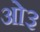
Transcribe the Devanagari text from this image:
ओ३